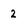
Character: 2